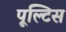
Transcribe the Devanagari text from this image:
पूल्टिस